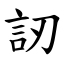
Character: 訒